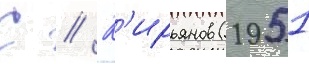
С // К'ирьянов (1951